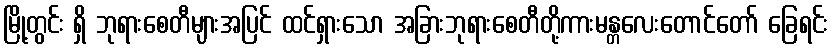
မြို့တွင်း ရှိ ဘုရားစေတီများအပြင် ထင်ရှားသော အခြားဘုရားစေတီတို့ကားမန္တလေးတောင်တော် ခြေရင်း